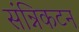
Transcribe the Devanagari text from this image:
संन्निकटन